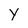
Character: Y